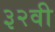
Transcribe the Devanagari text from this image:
३२वी